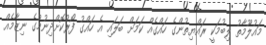
މައުލޫމާތު ލިބުމަކީ ރައްޔިތުންގެ ހައްގެއް ކަމަށް ބަލައި އެ ހައްގު ފޯރުކޮށްދިނުމުގެ ނިޒާމެއް